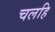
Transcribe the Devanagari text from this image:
चलहि